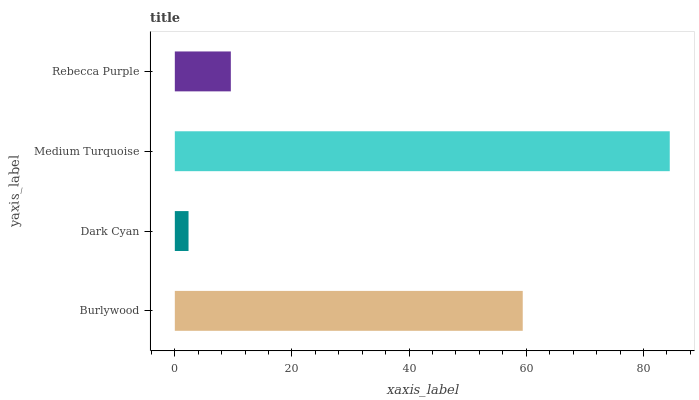
| yaxis_label | bars |
 | --- | --- |
 | Burlywood | 59.4 |
 | Dark Cyan | 2.34 |
 | Medium Turquoise | 84.5 |
 | Rebecca Purple | 9.56 |